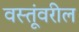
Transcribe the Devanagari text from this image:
वस्तूंवरील